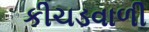
કીચડવાળી